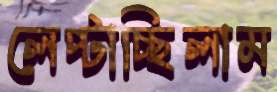
লেপ্‌টাচ্ছিলাম